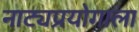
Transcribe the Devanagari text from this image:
नाट्यप्रयोगाला